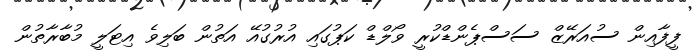
ފީފާއިން ސުއަރޭޒް ސަސްޕެންޑްކުރީ ވޯލްޑް ކަޕުގައި އުރުގުއޭ އަތުން ބަލިވެ އިޓަލީ މުބާރާތުން